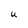
Character: U